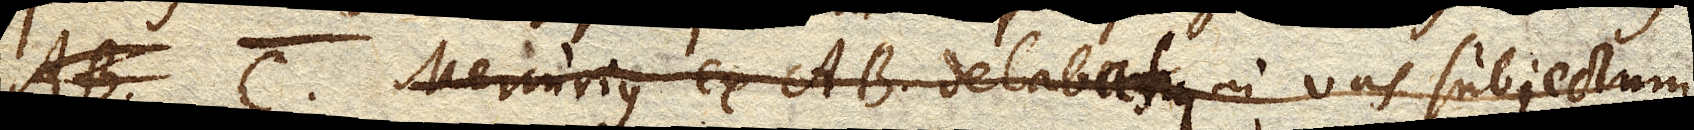
C. Mercurius ex AB delabatur in vas subjectum